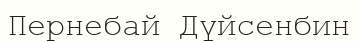
Пернебай Дүйсенбин